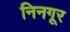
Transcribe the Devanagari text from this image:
निनगूर